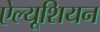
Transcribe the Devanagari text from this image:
ऐल्यूशियन